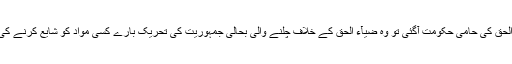
ایسے ہی اگر کل کو کوئی ضیاء الحق کی حامی حکومت آگئی تو وہ ضیآء الحق کے خلاف چلنے والی بحالی جمہوریت کی تحریک بارے کسی مواد کو شایع کرنے کی اجازت سرے سے نہیں دے گی۔